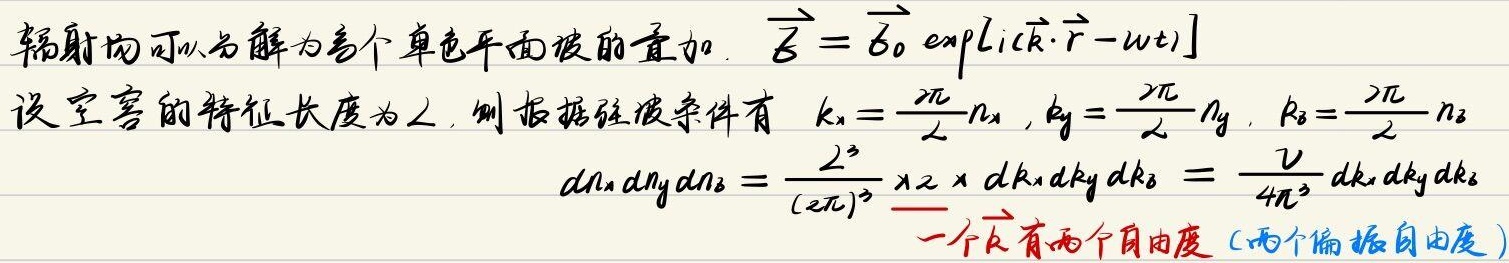
辐射场可以分解为各个单色平面波的叠加。\(\vec{E}=\vec{E}_0\exp\left[ i(\vec{k}\cdot\vec{r}-\omega t)\right]\)

设空间的特征长度为 \(L\)，则根据驻波条件有 \(k_x = \frac{2\pi}{L}n_x\)，\(k_y = \frac{2\pi}{L}n_y\)，\(k_z = \frac{2\pi}{L}n_z\)。

\[dn_xdn_ydn_z=\frac{L^3}{(2\pi)^3}\times2\times dk_xdk_ydk_z=\frac{V}{4\pi^3}dk_xdk_ydk_z\]

一个 \(\vec{k}\) 有两个自由度（两个偏振自由度）。